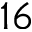
1 6